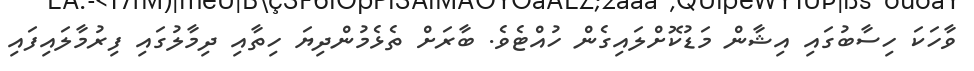
ވާހަކަ ހިސާބުގައި އިޝާން މަޑުކޮށްލައިގެން ހުއްޓެވެ. ބާރަށް ތެޅެމުންދިޔަ ހިތާއި ދިމާލުގައި ފިރުމާލައިފައި